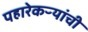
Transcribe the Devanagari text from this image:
पहारेकऱ्यांची